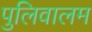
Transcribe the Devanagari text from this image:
पुलिवालम